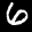
Label: 6